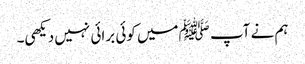
ہم نے آپ ﷺمیں کوئی برائی نہیں دیکھی۔